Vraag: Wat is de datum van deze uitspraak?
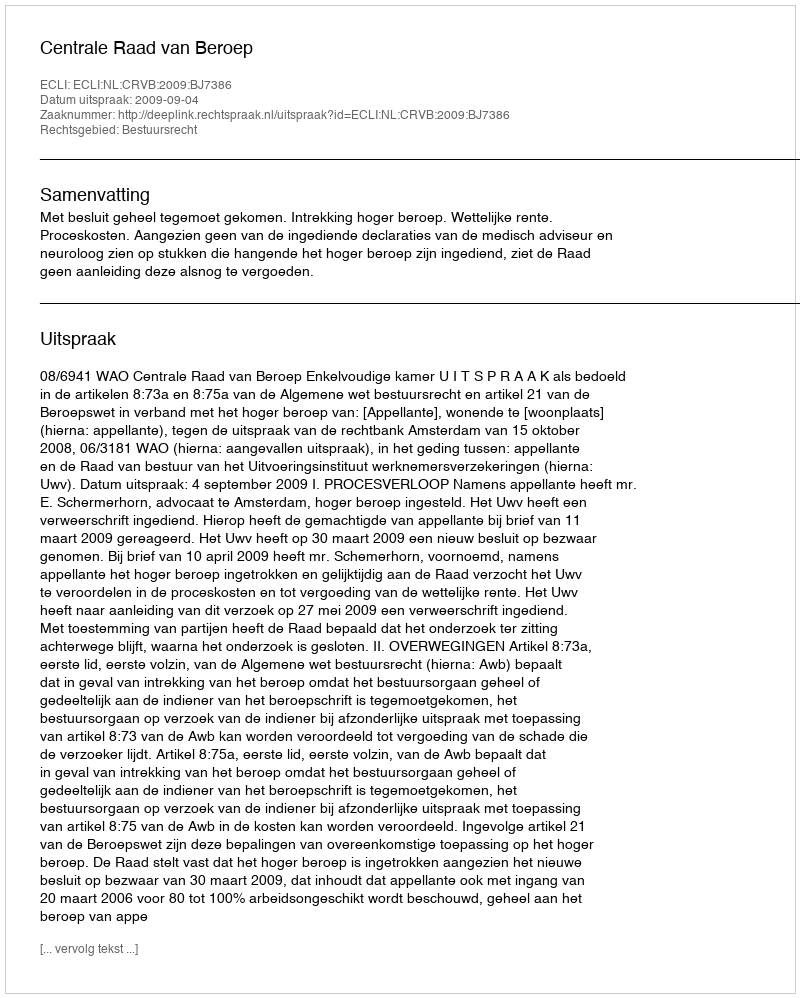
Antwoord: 2009-09-04